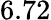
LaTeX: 6.72